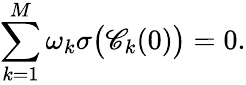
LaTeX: \sum_{k=1}^{M}\omega_{k}\sigma\big(\mathscr{C}_{k}(0)\big)=0.